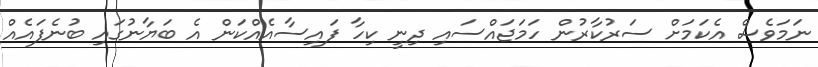
ނަމަވެސް އެކަމަށް ސަރުކާރުން ހަމަޖައްސައި ދިނީ ކިހާ ފައިސާއެއްކަން އެ ބަޔާނުގައި ބުނެފައެއް